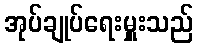
အုပ်ချုပ်ရေးမှူးသည်